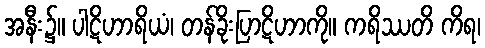
အနီး၌။ ပါဋိဟာရိယံ၊ တန်ခိုးပြာဋိဟာကို။ ကရိဿတိ ကိရ၊